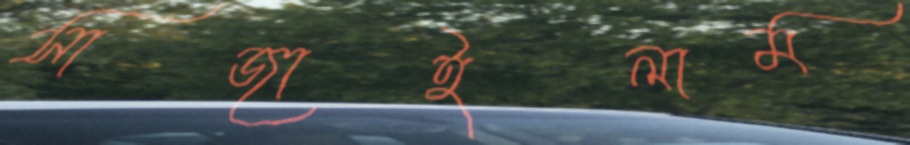
সাজাইলাম